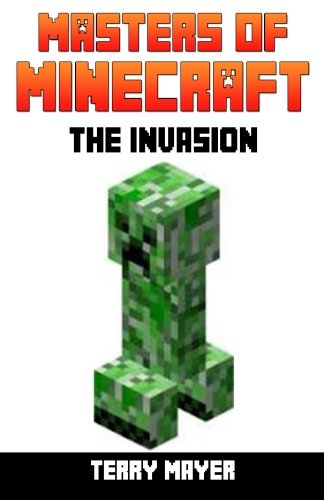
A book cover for Minecraft: The Invasion (Masters of Minecraft) (Volume 2); Terry Mayer; Children's Books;